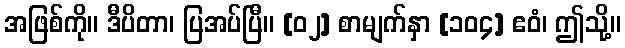
အဖြစ်ကို။ ဒီပိတာ၊ ပြအပ်ပြီ။ [၀၂] စာမျက်နှာ [၁၀၄] ဧဝံ၊ ဤသို့။